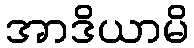
အာဒိယာမိ